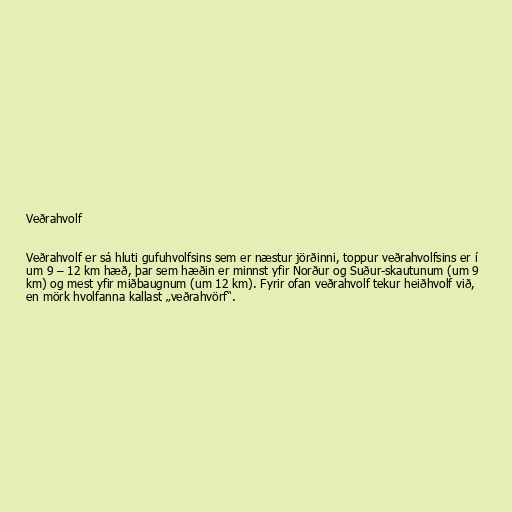
Veðrahvolf

Veðrahvolf er sá hluti gufuhvolfsins sem er næstur jörðinni, toppur veðrahvolfsins er í
um 9 – 12 km hæð, þar sem hæðin er minnst yfir Norður og Suður-skautunum (um 9
km) og mest yfir miðbaugnum (um 12 km). Fyrir ofan veðrahvolf tekur heiðhvolf við,
en mörk hvolfanna kallast „veðrahvörf“.